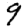
Digit: 9